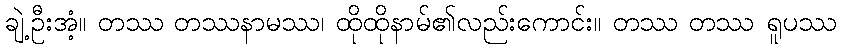
ချဲ့ဦးအံ့။ တဿ တဿနာမဿ၊ ထိုထိုနာမ်၏လည်းကောင်း။ တဿ တဿ ရူပဿ